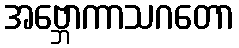
အဗ္ဘောကာသဂတော